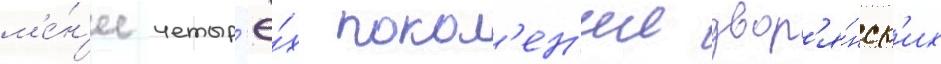
м'е́н'ее четыр'ё́х покол'ен'ии двор'я́нск'их